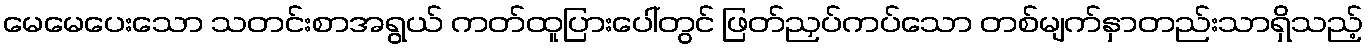
မေမေပေးသော သတင်းစာအရွယ် ကတ်ထူပြားပေါ်တွင် ဖြတ်ညှပ်ကပ်သော တစ်မျက်နှာတည်းသာရှိသည့်